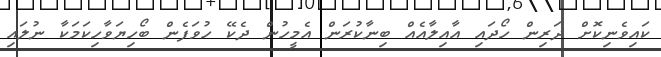
ކައިވެނިކޮށް ދަރިން ހޯދައި އާއިލާއެއް ބިނާކުރަން އެމީހުން ދެކޭ ހުވަފެން ބޯހިޔަވާހިކަމަކާ ނުލައި